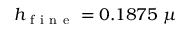
h _ { \mathrm { ~ f ~ i ~ n ~ e ~ } } = 0 . 1 8 7 5 \; \mu